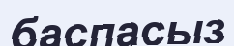
баспасыз